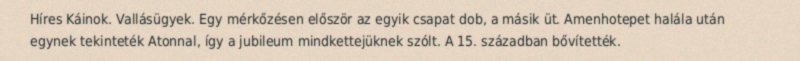
Híres Káinok. Vallásügyek. Egy mérkőzésen először az egyik csapat dob, a másik üt. Amenhotepet halála után egynek tekinteték Atonnal, így a jubileum mindkettejüknek szólt. A 15. században bővítették.